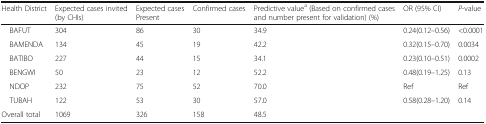
| Health District | Expected cases invited (by CHIs) | Expected cases Present | Confirmed cases | Predictive valuea (Based on confirmed cases and number present for validation) (%) | OR (95% CI) | P-value |
 | --- | --- | --- | --- | --- | --- | --- |
 | BAFUT | 304 | 86 | 30 | 34.9 | 0.24(0.12–0.56) | <0.0001 |
 | BAMENDA | 134 | 45 | 19 | 42.2 | 0.32(0.15–0.70) | 0.0034 |
 | BATIBO | 227 | 44 | 15 | 34.1 | 0.23(0.10–0.51) | 0.0002 |
 | BENGWI | 50 | 23 | 12 | 52.2 | 0.48(0.19–1.25) | 0.13 |
 | NDOP | 232 | 75 | 52 | 70.0 | Ref | Ref |
 | TUBAH | 122 | 53 | 30 | 57.0 | 0.58(0.28–1.20) | 0.14 |
 | Overall total | 1069 | 326 | 158 | 48.5 |  |  |